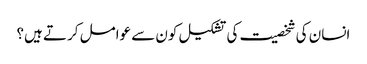
انسان کی شخصیت کی تشکیل کون سے عوامل کرتے ہیں؟